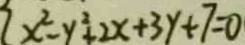
\{ x ^ { 2 } - y ^ { 2 } + 2 x + 3 y + 7 = 0